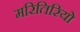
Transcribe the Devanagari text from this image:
मरितिरियो